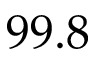
9 9 . 8